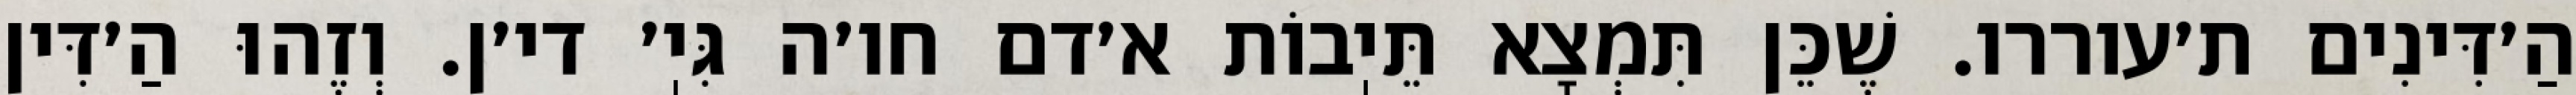
הַ׳דִּינִים ת׳עוררו. שֶׁכֵּן תִּמְצָא תֵּיֽבוֹת א׳דם חו׳ה גִּיֽ׳ די׳ן. וְזֶהוּ הַ׳דִּין